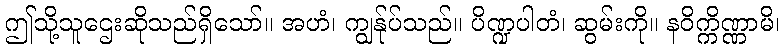
ဤသို့သူဌေးဆိုသည်ရှိသော်။ အဟံ၊ ကျွန်ုပ်သည်။ ပိဏ္ဍပါတံ၊ ဆွမ်းကို။ နဝိက္ကိဏ္ဏာမိ၊